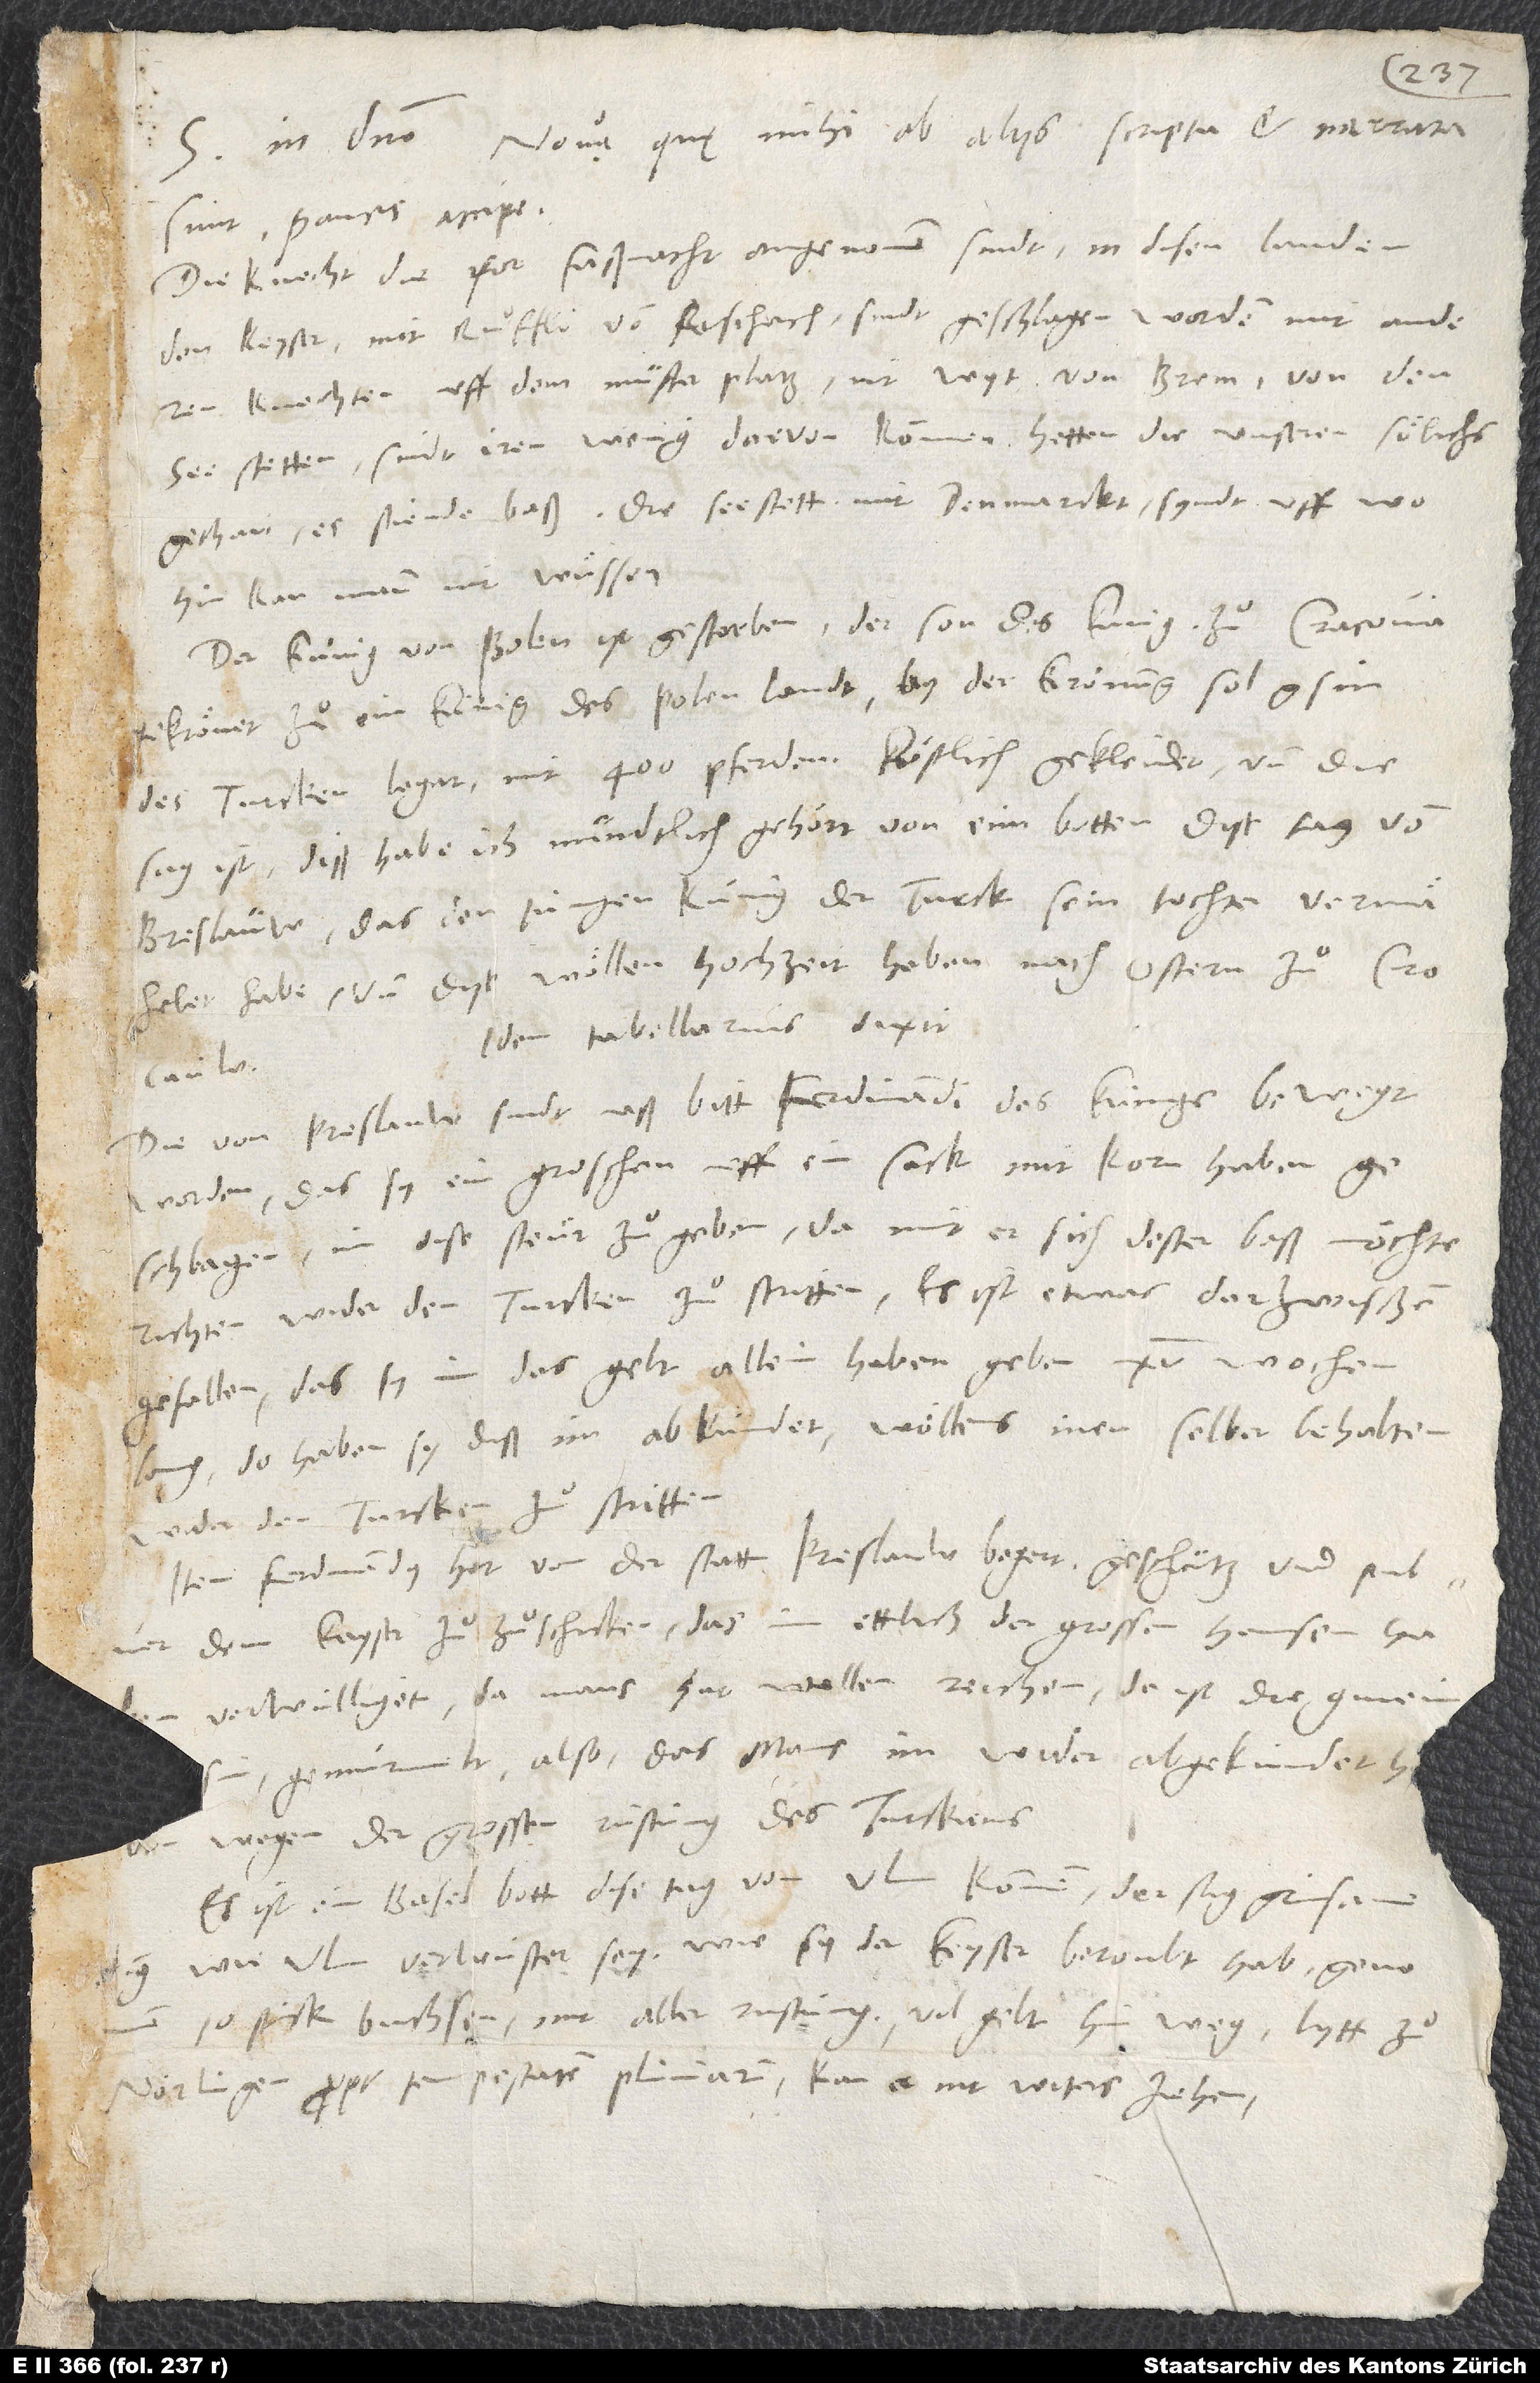
17.
S. in domino. Nova, quę mihi ab aliis scripta et narrata
sunt, paucis accipe:
Die knecht, die vor faßnacht angenomen sindt in disen landen
dem keyser mit Ruͦffli von Rischach, sindt geschlagen worden mit anderen
knechten uff dem musterplatz nit wyt von Brem von den
Seestetten. Sindt iren wenig darvon kommen. Hetten die unseren soͤlichs
gethan, es stiende baß! Die Seestett mit Denmarckt syndt uff; wohin,
kan mann nit wuͤssen.
Der künig von Polen ist gestorben; der son des kunig zuͦ Cracovia
gekroͤnet zuͦ ein künig des Polenlandt. By der krönung sol gsin
des Turcken legat mit 400 pferden, koͤstlich gekleidet, und die
sag ist (diß habe ich mundtlich gehoͤrt von eim botten dise tag von
Breslauw), das dem jungen künig der Turck sein tochter vermaͤhelet
habe, und dise woͤllen hochzeit haben nach ostern zuͦ Crocauw.
Idem tabellarius dixit:
Die von Preslauw sindt uß bitt Ferdinandi, des küngs, bewegt
worden, das sy ein groschen uff ein sack mit korn haben
geschlagen, im dise steür zuͦ geben, damit er sich dester baß möchte
richten, wider den Turcken zuͦ stritten. Es ist etwas darzwischen
gefallen, das sy im das gelt allein haben geben 15 wochen
lang. Do haben sy diß im abkündet. Woͤllens inen selber behalten,
wider den Turcken zuͦ stritten.
Item Ferdinandus hat von der statt Preslauw begert, geschütz und pulver
dem keyser zuͦzuͦschicken, das im ettlich der grossen Hansen haben
verwilliget. Da mans hat wellen richten, do ist die gmein
wegen der grossen rustüng des Turckens.
Es ist ein Baselbott dise tag von Ulm kommen. Der sag grüsame
ding, wie Ulm verwüstet sey, wie sy der keyser beroubt hab, genomen
10 stück buchsen mit aller rustüng, vil gelt hinweg. Lytt zuͦ